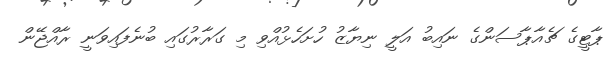
ޕާޓީގެ ޗެއާޕާސަންގެ ނައިބު އަލީ ނިޔާޒު ހުށަހެޅުއްވި މި ގަރާރުގައި ބުނެފައިވަނީ ރާއްޖޭން